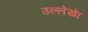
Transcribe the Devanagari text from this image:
उल्लेखाें